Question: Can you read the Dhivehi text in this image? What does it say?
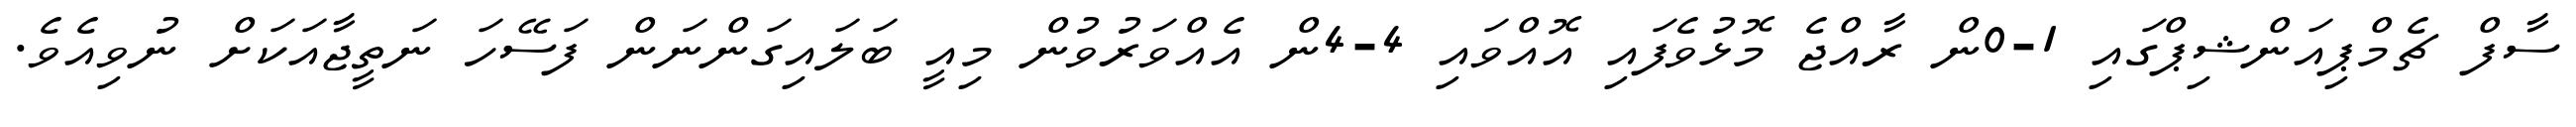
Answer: ސާފް ޗެމްޕިއަންޝިޕްގައި 1-0ން ރާއްޖެ މޮޅުވެފައި އޮއްވައި 4-4ން އެއްވަރުވުން މިއީ ބަލައިގަންނަން ފަސޭހަ ނަތީޖާއަކަށް ނުވިއެވެ.